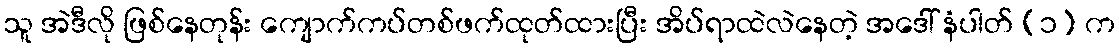
သူ အဲဒီလို ဖြစ်နေတုန်း ကျောက်ကပ်တစ်ဖက်ထုတ်ထားပြီး အိပ်ရာထဲလဲနေတဲ့ အဒေါ် နံပါတ် (၁) က